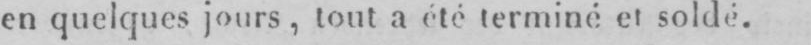
en quelques jours, tout a été terminé et soldé.